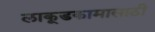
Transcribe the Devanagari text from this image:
लाकूडकामासाठी